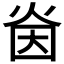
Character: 𭴜